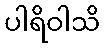
ပါရိဝါသိ